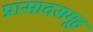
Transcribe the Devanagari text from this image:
प्रासादसमूह